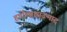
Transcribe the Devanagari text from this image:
हर्षोल्हासउन्माद